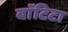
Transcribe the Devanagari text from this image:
बाॅटिटा